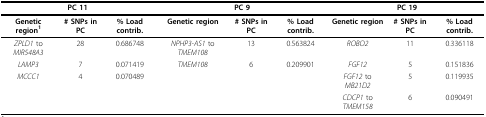
<table><thead><tr><td colspan="3"><b>PC 11</b></td><td colspan="3"><b>PC 9</b></td><td colspan="3"><b>PC 19</b></td></tr><tr><td><b>Genetic region<sup>1</sup></b></td><td><b># SNPs in PC</b></td><td><b>% Load contrib.</b></td><td><b>Genetic region</b></td><td><b># SNPs in PC</b></td><td><b>% Load contrib.</b></td><td><b>Genetic region</b></td><td><b># SNPs in PC</b></td><td><b>% Load contrib.</b></td></tr></thead><tbody><tr><td><i>ZPLD1 </i>to <i>MIR548A3</i></td><td>28</td><td>0.686748</td><td><i>NPHP3-AS1 </i>to <i>TMEM108</i></td><td>13</td><td>0.563824</td><td><i>ROBO2</i></td><td>11</td><td>0.336118</td></tr><tr><td><i>LAMP3</i></td><td>7</td><td>0.071419</td><td><i>TMEM108</i></td><td>6</td><td>0.209901</td><td><i>FGF12</i></td><td>5</td><td>0.151836</td></tr><tr><td><i>MCCC1</i></td><td>4</td><td>0.070489</td><td></td><td></td><td></td><td><i>FGF12 </i>to <i>MB21D2</i></td><td>5</td><td>0.119935</td></tr><tr><td></td><td></td><td></td><td></td><td></td><td></td><td><i>CDCP1 </i>to <i>TMEM158</i></td><td>6</td><td>0.090491</td></tr></tbody></table>